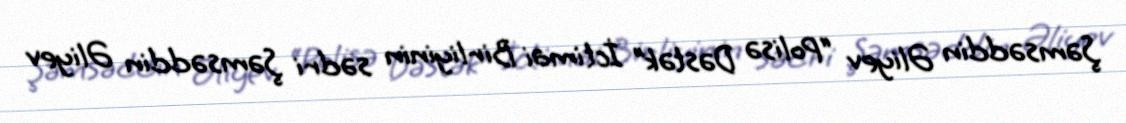
Şəmsəddin Əliyev “Polisə Dəstək” İctimai Birliyinin sədri Şəmsəddin Əliyev